画像に写った文字を読んでください
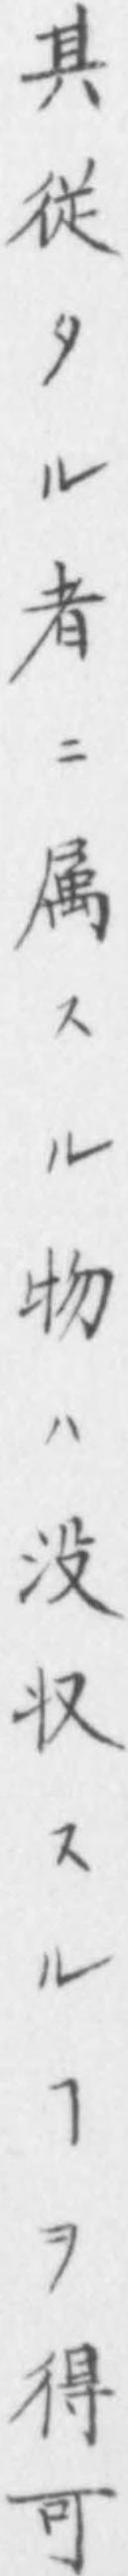
「其従タル者ニ属スル物ハ没収スルヿヲ得可」と書いてあります